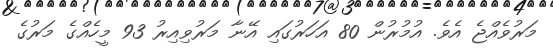
މަރުވެއްޖެ އެވެ. އުމުރުން 80 އަހަރުގައި އޭނާ މަރުވިއިރު 93 މީހެއްގެ މަރުގެ